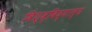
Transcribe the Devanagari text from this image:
विश्व्विद्याल्य